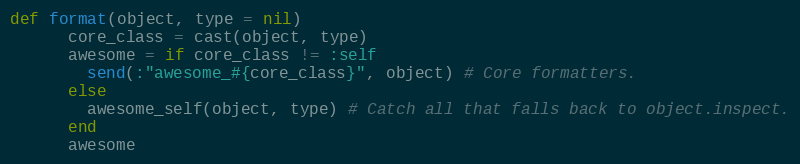
Language: Ruby
def format(object, type = nil)
      core_class = cast(object, type)
      awesome = if core_class != :self
        send(:"awesome_#{core_class}", object) # Core formatters.
      else
        awesome_self(object, type) # Catch all that falls back to object.inspect.
      end
      awesome